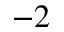
- 2